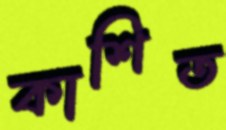
কাশিত